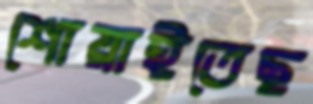
শোয়াইতেছ